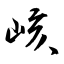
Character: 峐